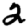
Digit: 2